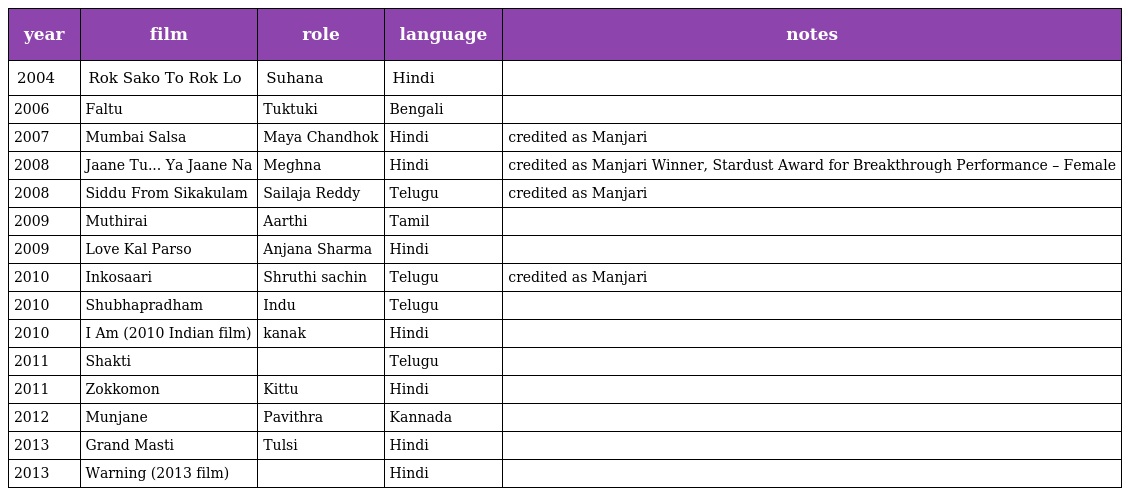
| year | film | role | language | notes |
 | --- | --- | --- | --- | --- |
 | 2004 | Rok Sako To Rok Lo | Suhana | Hindi |  |
 | 2006 | Faltu | Tuktuki | Bengali |  |
 | 2007 | Mumbai Salsa | Maya Chandhok | Hindi | credited as Manjari |
 | 2008 | Jaane Tu... Ya Jaane Na | Meghna | Hindi | credited as Manjari Winner, Stardust Award for Breakthrough Performance – Female |
 | 2008 | Siddu From Sikakulam | Sailaja Reddy | Telugu | credited as Manjari |
 | 2009 | Muthirai | Aarthi | Tamil |  |
 | 2009 | Love Kal Parso | Anjana Sharma | Hindi |  |
 | 2010 | Inkosaari | Shruthi sachin | Telugu | credited as Manjari |
 | 2010 | Shubhapradham | Indu | Telugu |  |
 | 2010 | I Am (2010 Indian film) | kanak | Hindi |  |
 | 2011 | Shakti |  | Telugu |  |
 | 2011 | Zokkomon | Kittu | Hindi |  |
 | 2012 | Munjane | Pavithra | Kannada |  |
 | 2013 | Grand Masti | Tulsi | Hindi |  |
 | 2013 | Warning (2013 film) |  | Hindi |  |